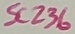
Text: SC236